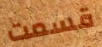
قسمت